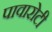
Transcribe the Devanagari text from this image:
पावारोटी